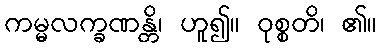
ကမ္မလက္ခဏန္တိ၊ ဟူ၍။ ဝုစ္စတိ၊ ၏။